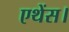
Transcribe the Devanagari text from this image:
एथेंस।